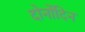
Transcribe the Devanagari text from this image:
दोनोंदिन